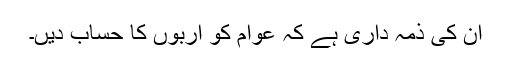
ان کی ذمہ داری ہے کہ عوام کو اربوں کا حساب دیں۔